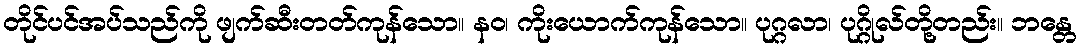
တိုင်ပင်အပ်သည်ကို ဖျက်ဆီးတတ်ကုန်သော။ နဝ၊ ကိုးယောက်ကုန်သော။ ပုဂ္ဂလာ၊ ပုဂ္ဂိုလ်တို့တည်း။ ဘန္တေ